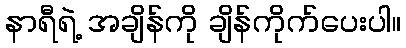
နာရီရဲ့ အချိန်ကို ချိန်ကိုက်ပေးပါ။